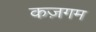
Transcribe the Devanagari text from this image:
कज़गम